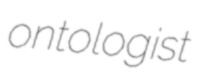
ontologist